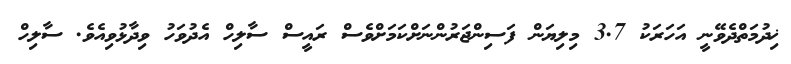
ޚިދުމަތްދެވޭނީ އަހަރަކު 3.7 މިލިޔަން ފަސިންޖަރުންނަށްކަމަށްވެސް ރައީސް ސާލިހް އެދުވަހު ވިދާޅުވިއެވެ. ސާލިހް